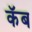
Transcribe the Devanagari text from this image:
कॅब